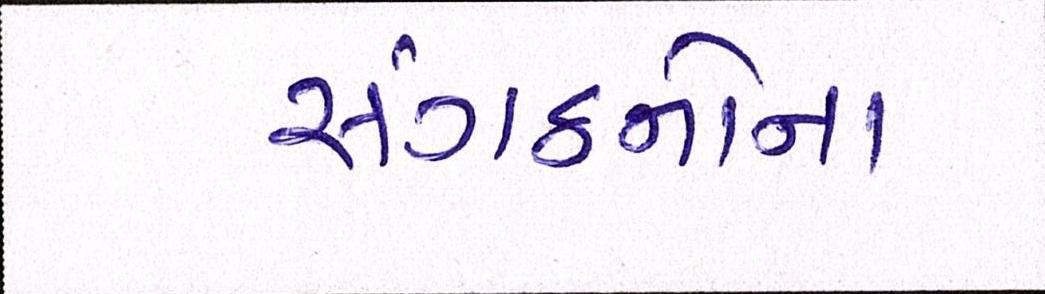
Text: સંગઠનોના